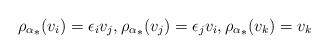
LaTeX: \begin{align*} {\rho_\alpha}_*(v_i)=\epsilon_i v_j,{\rho_\alpha}_*(v_j)=\epsilon_j v_i, {\rho_\alpha}_*(v_k)=v_k \ \end{align*}